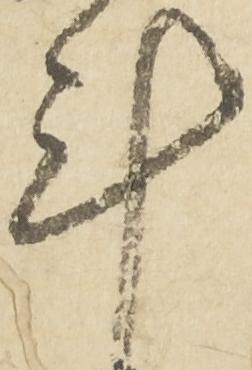
計